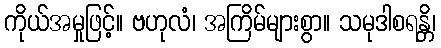
ကိုယ်အမှုဖြင့်။ ဗဟုလံ၊ အကြိမ်များစွာ။ သမုဒါစရန္တိ၊